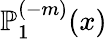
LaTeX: \mathbb{P}_{1}^{(-m)}(x)